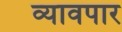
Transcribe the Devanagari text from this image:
व्यावपार